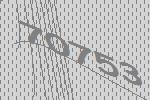
70753